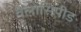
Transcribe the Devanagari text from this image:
वेलोसिपीड